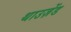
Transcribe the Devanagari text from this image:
थाउज़ेंड